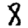
Digit: 8